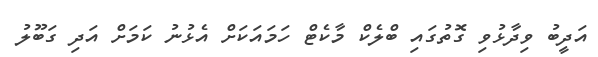
އަދީބު ވިދާޅުވި ގޮތުގައި ބްލެކް މާކެޓް ހަމައަކަށް އެޅުނު ކަމަށް އަދި ގަބޫލު